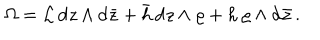
\Omega = { \cal L } \, \mathrm { d } z \wedge \mathrm { d } \bar { z } + \bar { h } \, \mathrm { d } z \wedge \varrho + h \, \varrho \wedge \mathrm { d } \bar { z } \, .